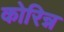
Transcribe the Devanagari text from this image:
कोरिन्न